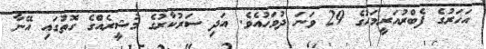
އަހަރުގެ ފެބްރުއަރީމަހުގެ 29 ވަނަ ދުވަހުއެވެ. އަދި ސަރުކާރުގެ މުޝީރެއްގެ ގޮތުގައި އޭނާ